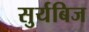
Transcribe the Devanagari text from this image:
सुर्यबिज